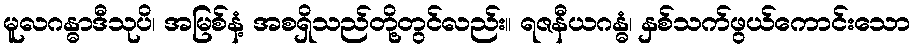
မူလဂန္ဓာဒီသုပိ၊ အမြစ်နံ့ အစရှိသည်တို့တွင်လည်း။ ရဇနီယဂန္ဓံ၊ နှစ်သက်ဖွယ်ကောင်းသော